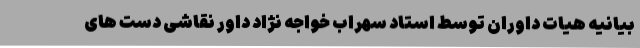
بیانیه هیات داوران توسط استاد سهراب خواجه نژاد داور نقاشی دست های